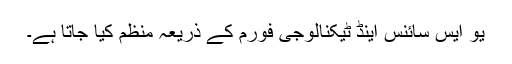
یو ایس سائنس اینڈ ٹیکنالوجی فورم کے ذریعہ منظّم کیا جاتا ہے۔